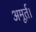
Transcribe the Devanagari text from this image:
अमूर्त।